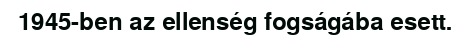
1945-ben az ellenség fogságába esett.